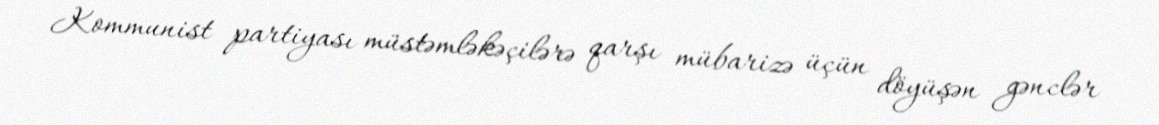
Kommunist partiyası müstəmləkəçilərə qarşı mübarizə üçün döyüşən gənclər